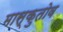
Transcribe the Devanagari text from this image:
मास्कुतोव